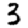
Digit: 3